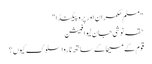
"مسلم حکمران اور پروپیگنڈا "
حقہ نوشی جان لیوا فیشن
قوم کے مسیحا کے ساتھ ناروا سلوک کیوں؟